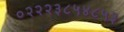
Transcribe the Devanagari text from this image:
०२२२३८५४८५३